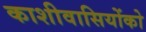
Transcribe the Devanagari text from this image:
काशीवासियोंको